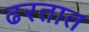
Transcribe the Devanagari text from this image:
ढरतात